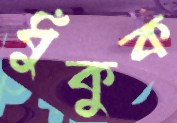
ধুঁকুক